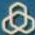
&